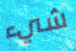
شيء